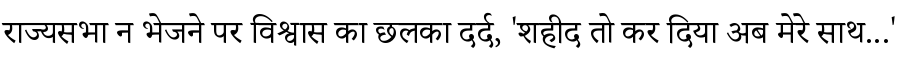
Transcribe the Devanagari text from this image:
राज्यसभा न भेजने पर विश्वास का छलका दर्द, 'शहीद तो कर दिया अब मेरे साथ...'